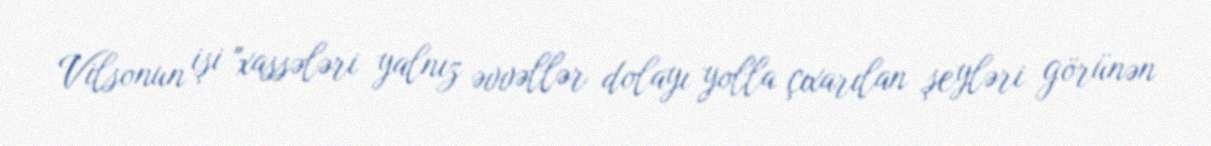
Vilsonun işi "xassələri yalnız əvvəllər dolayı yolla çıxarılan şeyləri görünən